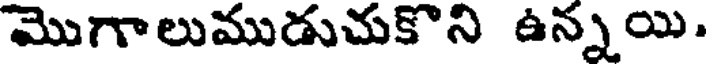
మొగాలుముడుచుకొని ఉన్నయి.